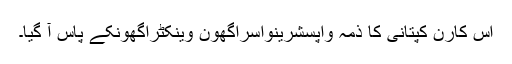
اس کارن کپتانی کا ذمہ واپسشرینواسراگھون وینکٹراگھونکے پاس آ گیا۔